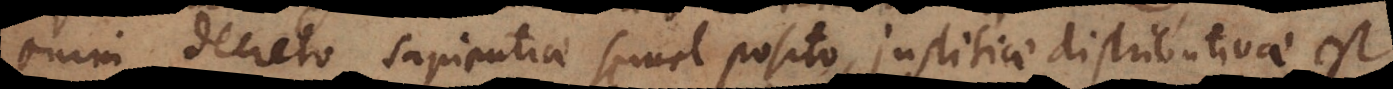
enim decreto sapientiae semel posito, justitiae distributivae est,